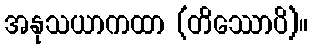
အနုသယာကထာ (တိဿောပိ)။